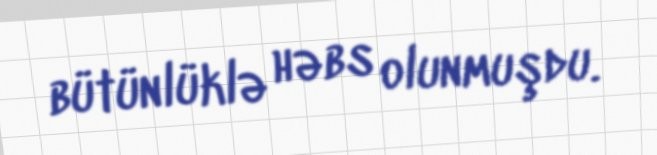
bütünlüklə həbs olunmuşdu.